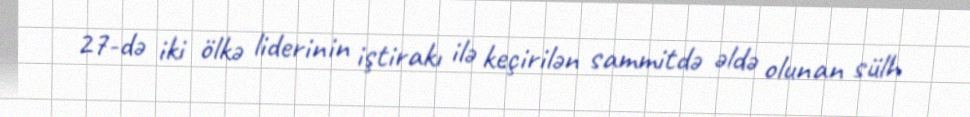
27-də iki ölkə liderinin iştirakı ilə keçirilən sammitdə əldə olunan sülh